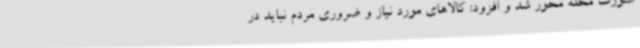
صورت محله محور شد و افزود: کالاهای مورد نیاز و ضروری مردم نباید در